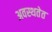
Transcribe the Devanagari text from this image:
अवस्थतेत